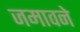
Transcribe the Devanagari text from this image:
जमावने